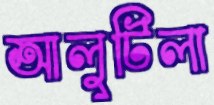
আলুটিলা